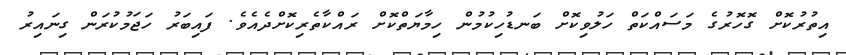
އިތުރުކޮށް ގޮހޮރުގެ މަސައްކަތް ހަލުވިކޮށް ބަނޑުހިކުމުން ހިމާޔަތްކޮށް ރައްކާތެރިކޮށްދެއެވެ. ފައިބަރު ހަޖަމުކުރަން ގިނައިރު